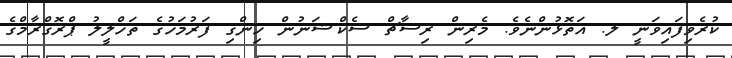
ކުރެވިފައިވަނީ ލ. އަތޮޅުންނެވެ. މެރިން ރިސާޗް ސެކްޝަނުން ހިންގި ފަރުމަހުގެ ތަހްލީލު ޕްރޮގްރާމްގެ